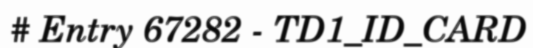
# Entry 67282 - TD1_ID_CARD